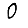
Digit: 0